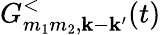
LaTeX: G_{m_{1}m_{2},\mathbf k-\mathbf k^{\prime}}^{<}(t)